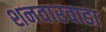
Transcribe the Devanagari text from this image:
शनवारवाडा